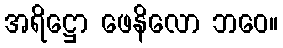
အရိဋ္ဌော ဖေနိလော ဘဝေ။